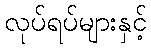
လုပ်ရပ်များနှင့်